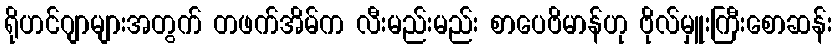
ရိုဟင်ဂျာများအတွက် တဖက်အိမ်က လီးမည်းမည်း စာပေဗိမာန်ဟု ဗိုလ်မှူးကြီးစောဆန်း